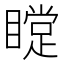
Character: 𥊰